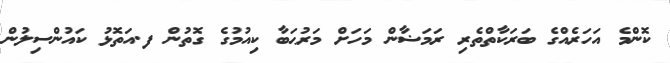
ކޮންމެ އަހަރެއްގެ ބަރަކާތްތެރި ރަމަޟާން މަހަށް މަރުޙަބާ ކިއުމުގެ ގޮތުން ފ.އަތޮޅު ކައުންސިލުން